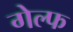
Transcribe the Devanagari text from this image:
गेल्फ